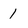
Character: 1